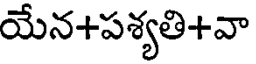
యేన+పశ్యతి+వా